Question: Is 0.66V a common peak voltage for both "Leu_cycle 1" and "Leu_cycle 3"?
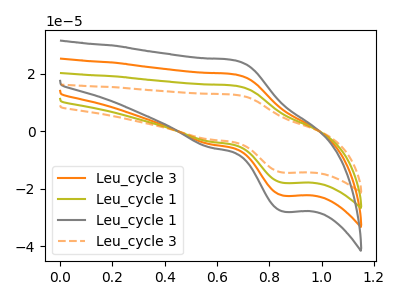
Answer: <think>The orange curve "Leu_cycle 3" has an anodic peak at (0.65V, 31.75uA) and a cathodic peak at (0.85V, -35.95uA). The olive curve "Leu_cycle 1" has an anodic peak at (0.65V, 15.85uA) and a cathodic peak at (0.85V, -17.95uA). The gray curve "Leu_cycle 1" has an anodic peak at (0.65V, 47.60uA) and a cathodic peak at (0.85V, -53.90uA). The orange dashed curve "Leu_cycle 3" has an anodic peak at (0.65V, 12.70uA) and a cathodic peak at (0.85V, -14.40uA).</think>
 <answer>Yes, "Leu_cycle 1" and "Leu_cycle 3" share a peak at 0.66V.</answer>
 <eval>match</eval>